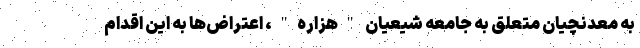
به معدنچیان متعلق به جامعه شیعیان "هزاره"، اعتراض‌ها به این اقدام